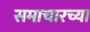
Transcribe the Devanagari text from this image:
समाचारच्या